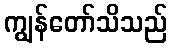
ကျွန်တော်သိသည်